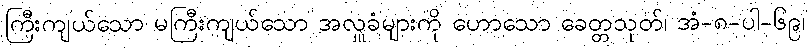
ကြီးကျယ်သော မကြီးကျယ်သော အလှူခံများကို ဟောသော ခေတ္တသုတ်၊ အံ-၈-ပါ-၆၉၊